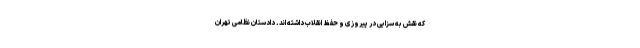
که نقش به سزایى در پیروزى و حفظ انقلاب داشته اند. دادستان نظامى تهران